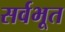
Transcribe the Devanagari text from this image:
सर्वभूत